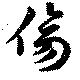
傷